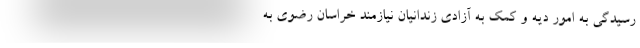
رسیدگی به امور دیه و کمک به آزادی زندانیان نیازمند خراسان رضوی به